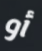
أو